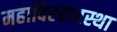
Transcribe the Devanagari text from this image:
महाविरहावस्था